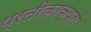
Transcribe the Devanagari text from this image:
प्रतीकाक्षरों